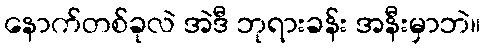
နောက်တစ်ခုလဲ အဲဒီ ဘုရားခန်း အနီးမှာဘဲ။